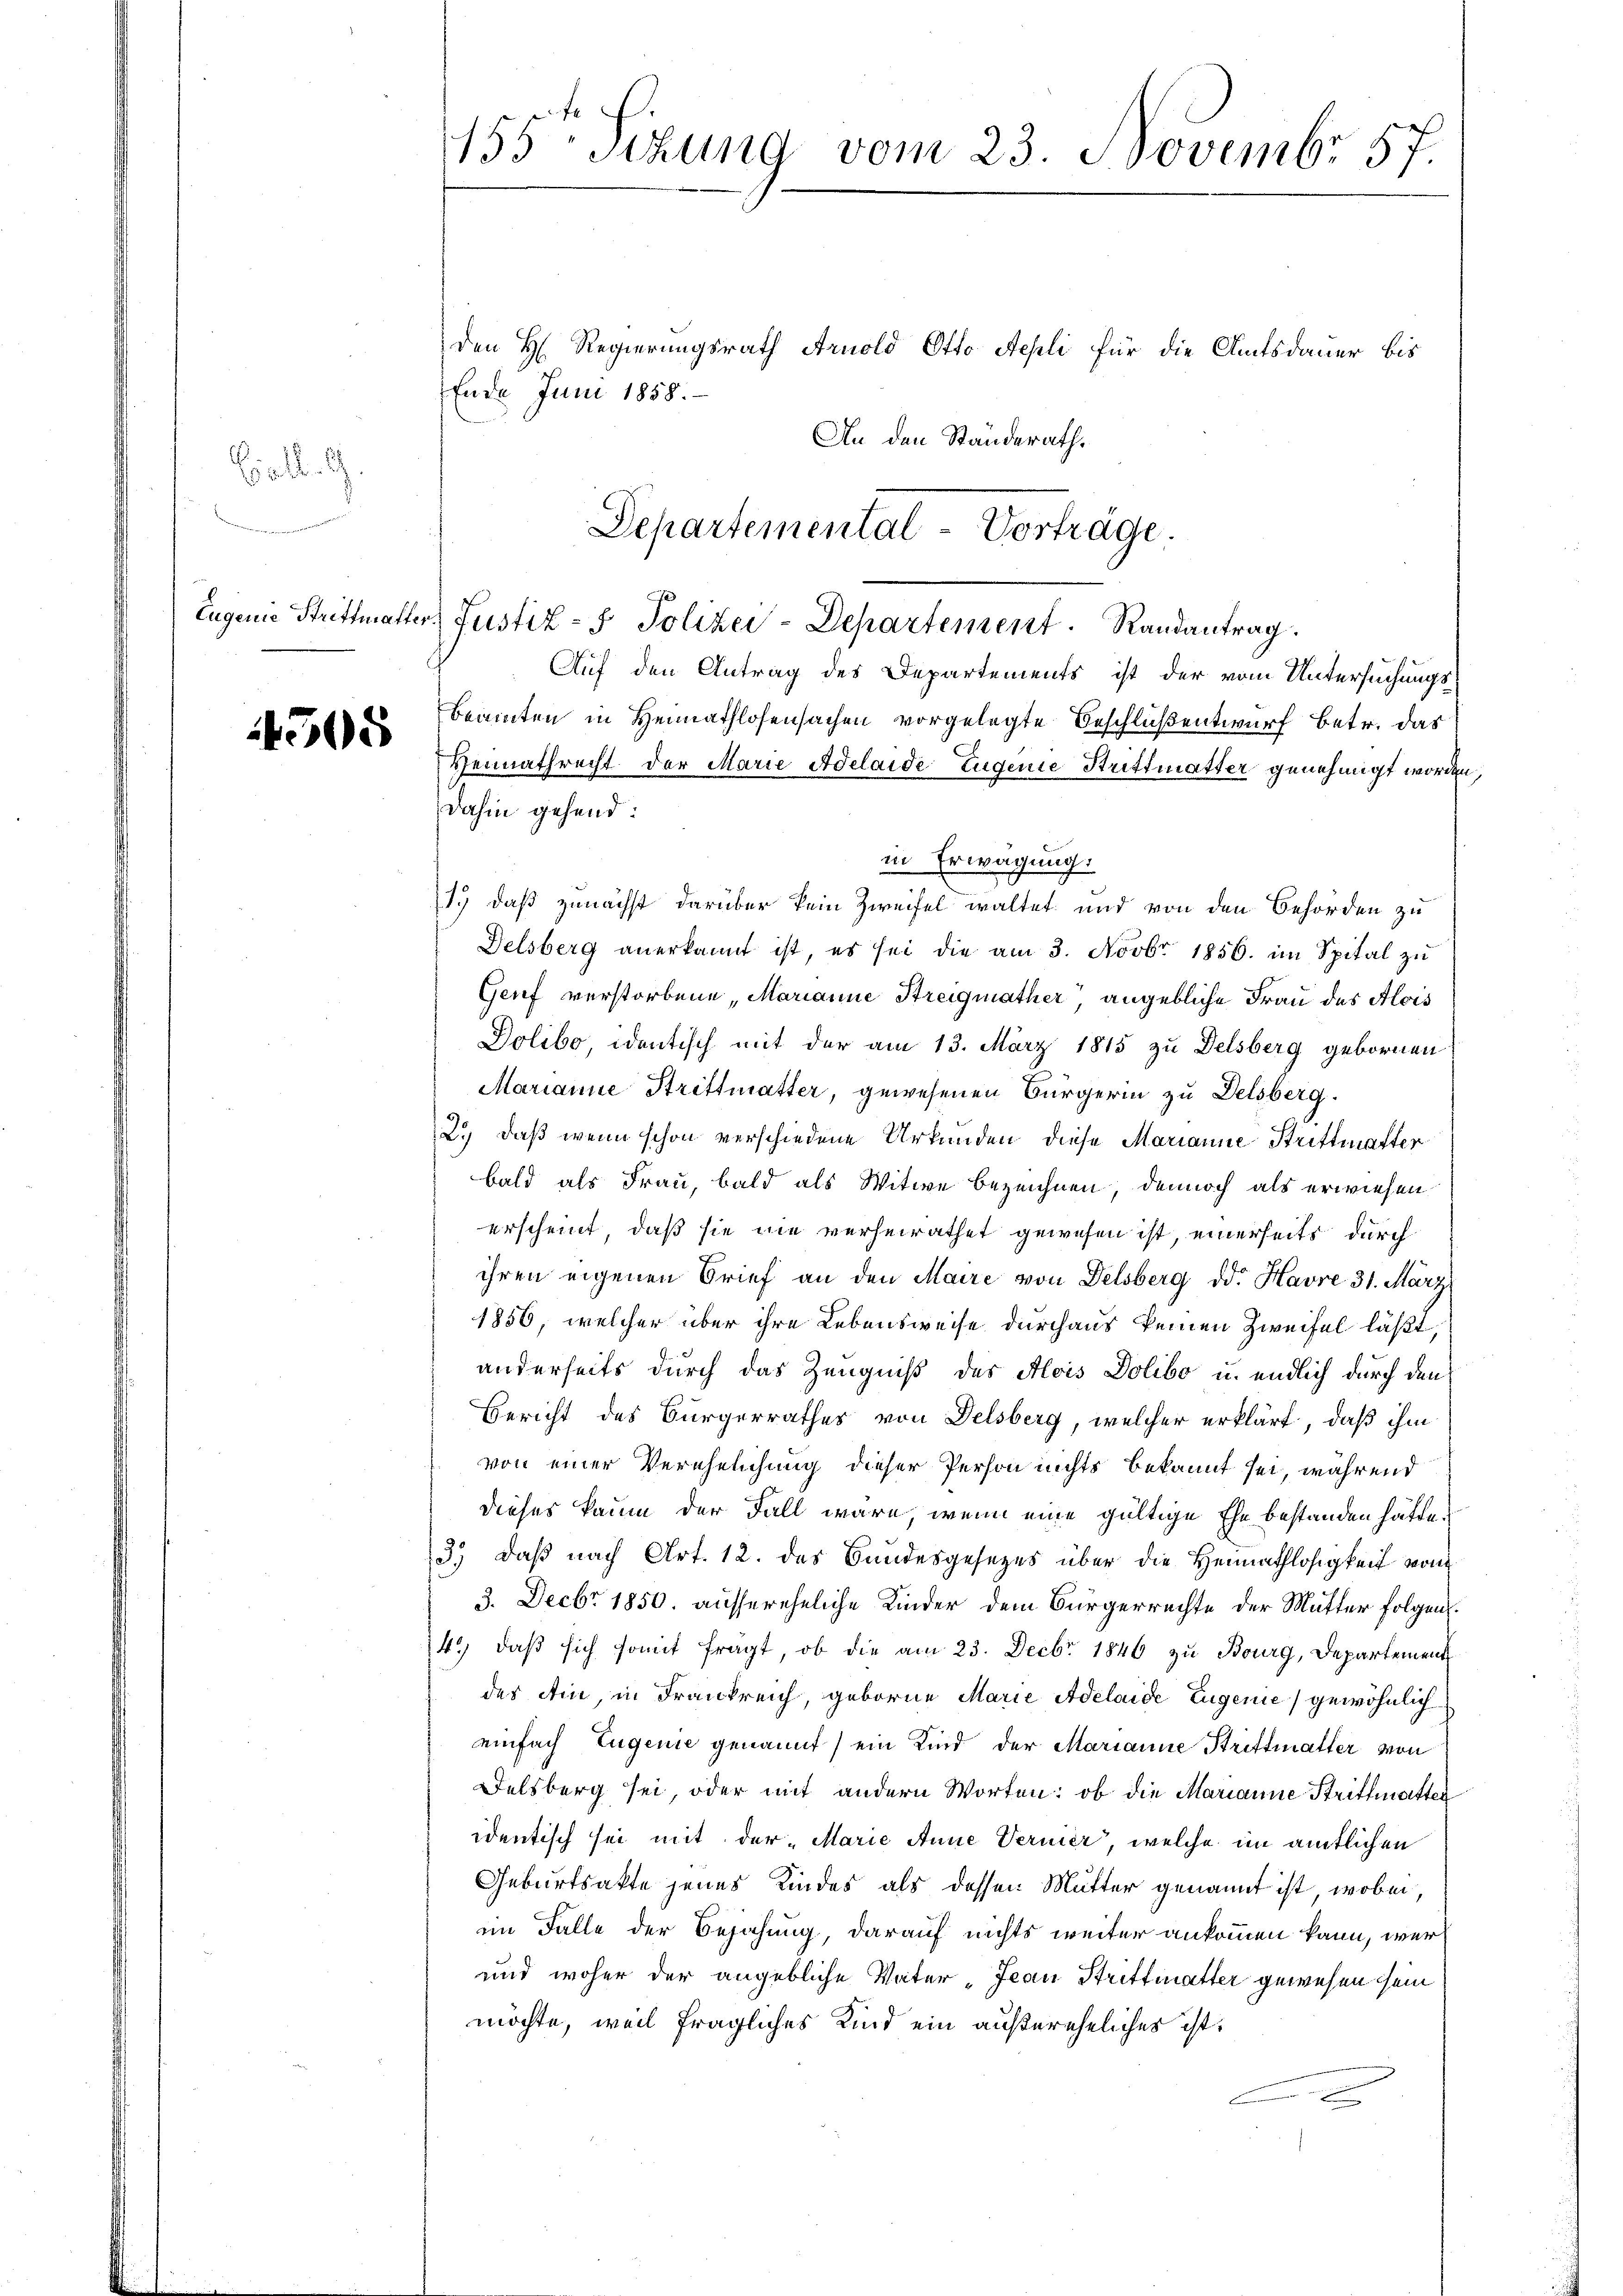
Eid. G.
Eugenie Strittmalter

4505

155 Sizung vom 23. Novembr. 57.

den H. Regierungsrath Arnold Otto Aepli für die Amtsdauer bis
Ende Juni 1858.
An den Ständerath.
Auf den Antrag des Departements ist der vom Untersuchungsbeamten in Heimathlosensachen vorgelegte Beschlußentwurf betr. das
Heimathrecht der Marie Adelaide Eugenie Strittmatter genehmigt worden,
dahin gehend:
in Erwägung.
1.) daß zunächst darüber kein Zweifel waltet und von den Behörden zu
Delsberg anerkannt ist, es sei die am 3. Novbr. 1856. im Spital zu
Genf verstorbene, Marianne Streimather angebliche Frau des Alois
Dolibo, identisch mit der am 13. März 1815 zu Delsberg gebornen
Marianne Strittmatter, gewesenen Bürgerin zu Delsberg.
2.) daß wenn schon verschiedene Urkunden diese Marianne Strittmatter
bald als Frau, bald als Witwe bezeichnen, dennoch als erwiesen
erscheint, daß sie nie verheirathet gewesen ist, einerseits durch
ihren eigenen Brief an den Maire von Delsberg dd. Havre 31. März
1856, welcher über ihre Lebensweise durchaus keinen Zweifel läßt.
anderseits durch das Zeugniß des Alois Dolibo u. endlich durch den
Bericht des Bürgerrathes von Delsberg, welcher erklärt, daß ihm
von einer Verehelichung dieser Person nichts bekannt sei, während
dieses kaum der Fall wäre, wenn eine gültige Ehe bestanden hätte.
3.) Daß nach Art. 12. des Bundesgesezes über die Heimathlosigkeit vom
3. Decbr 1850. aussereheliche Kinder dem Bürgerrechte der Mutter folgen.
4.) daß sich somit fragt, ob die am 23. Decbr. 1846 zu Bourg, Departement
des Ain, in Frankreich, geborne Marie Adelaide Eugenie) gewöhnlich
einfach Eugenie genannt) ein Kind der Marianne Strittmatter von
Delsberg sei oder mit andern Worten: ob die Marianne Striffmatten
identisch sei mit der „Marie Anne Vernier, welche im amtlichen
Geburtsakte jenes Kindes als dessen Mutter genannt ist, wobei,
im Falle der Bejahung, darauf nichts weiter ankommen kann, wer¬
und woher der angebliche Vater- Jean Strittmatter gewesen sein
möchte, weil fragliches Kind ein außereheliches ist.

Departemental-Vorträge.
Justiz- & Polizei-Departement. Randantrag.